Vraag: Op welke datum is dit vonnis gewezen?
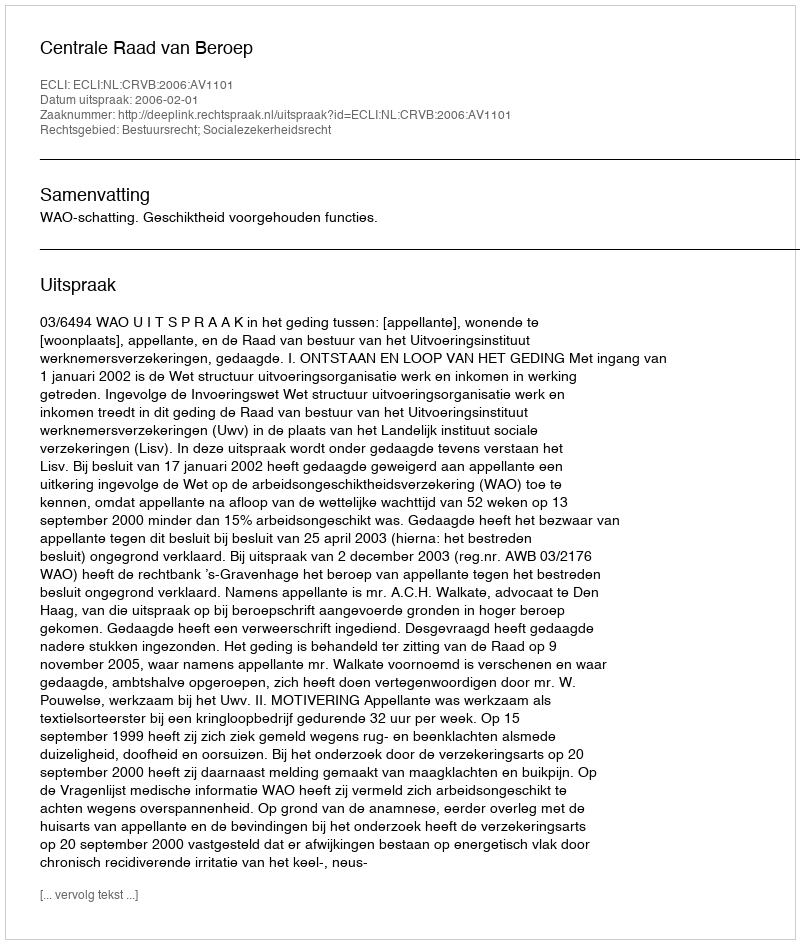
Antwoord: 2006-02-01